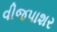
વીજપાશર